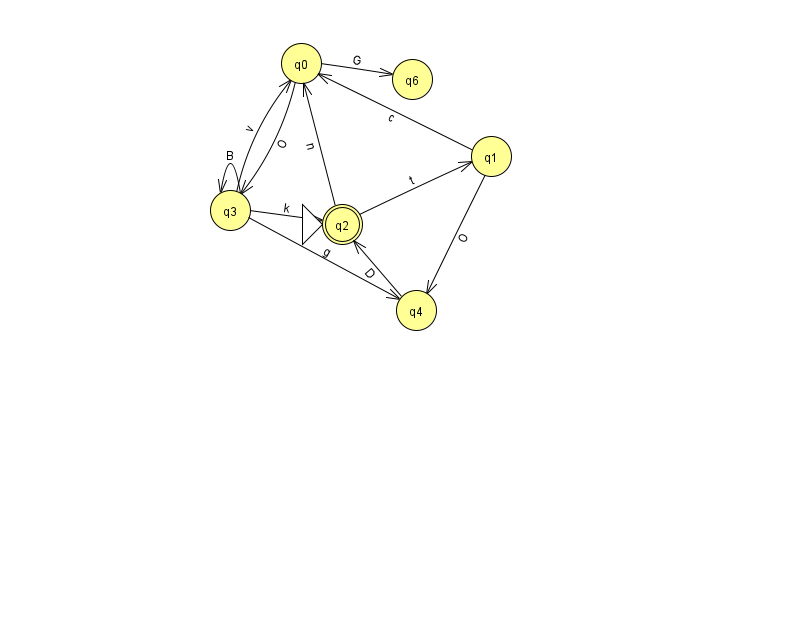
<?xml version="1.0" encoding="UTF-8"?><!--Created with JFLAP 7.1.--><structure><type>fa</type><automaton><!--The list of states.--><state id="0" name="q0"><x>301.0</x><y>50.0</y></state><state id="1" name="q1"><x>491.0</x><y>143.0</y></state><state id="2" name="q2"><x>342.0</x><y>211.0</y><initial/><final/></state><state id="3" name="q3"><x>230.0</x><y>197.0</y></state><state id="4" name="q4"><x>416.0</x><y>297.0</y></state><state id="6" name="q6"><x>412.0</x><y>66.0</y></state><!--The list of transitions.--><transition><from>3</from><to>2</to><read>k</read></transition><transition><from>3</from><to>3</to><read>B</read></transition><transition><from>0</from><to>3</to><read>O</read></transition><transition><from>1</from><to>4</to><read>O</read></transition><transition><from>4</from><to>2</to><read>D</read></transition><transition><from>0</from><to>6</to><read>G</read></transition><transition><from>1</from><to>0</to><read>c</read></transition><transition><from>3</from><to>0</to><read>v</read></transition><transition><from>3</from><to>4</to><read>g</read></transition><transition><from>2</from><to>0</to><read>n</read></transition><transition><from>2</from><to>1</to><read>t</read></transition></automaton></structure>